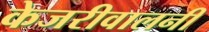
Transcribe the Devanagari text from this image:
केजरीवालनी